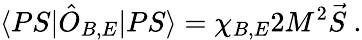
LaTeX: \langle PS|\hat{O}_{B,E}|PS\rangle=\chi_{B,E}2M^{2}\vec{S}\ .